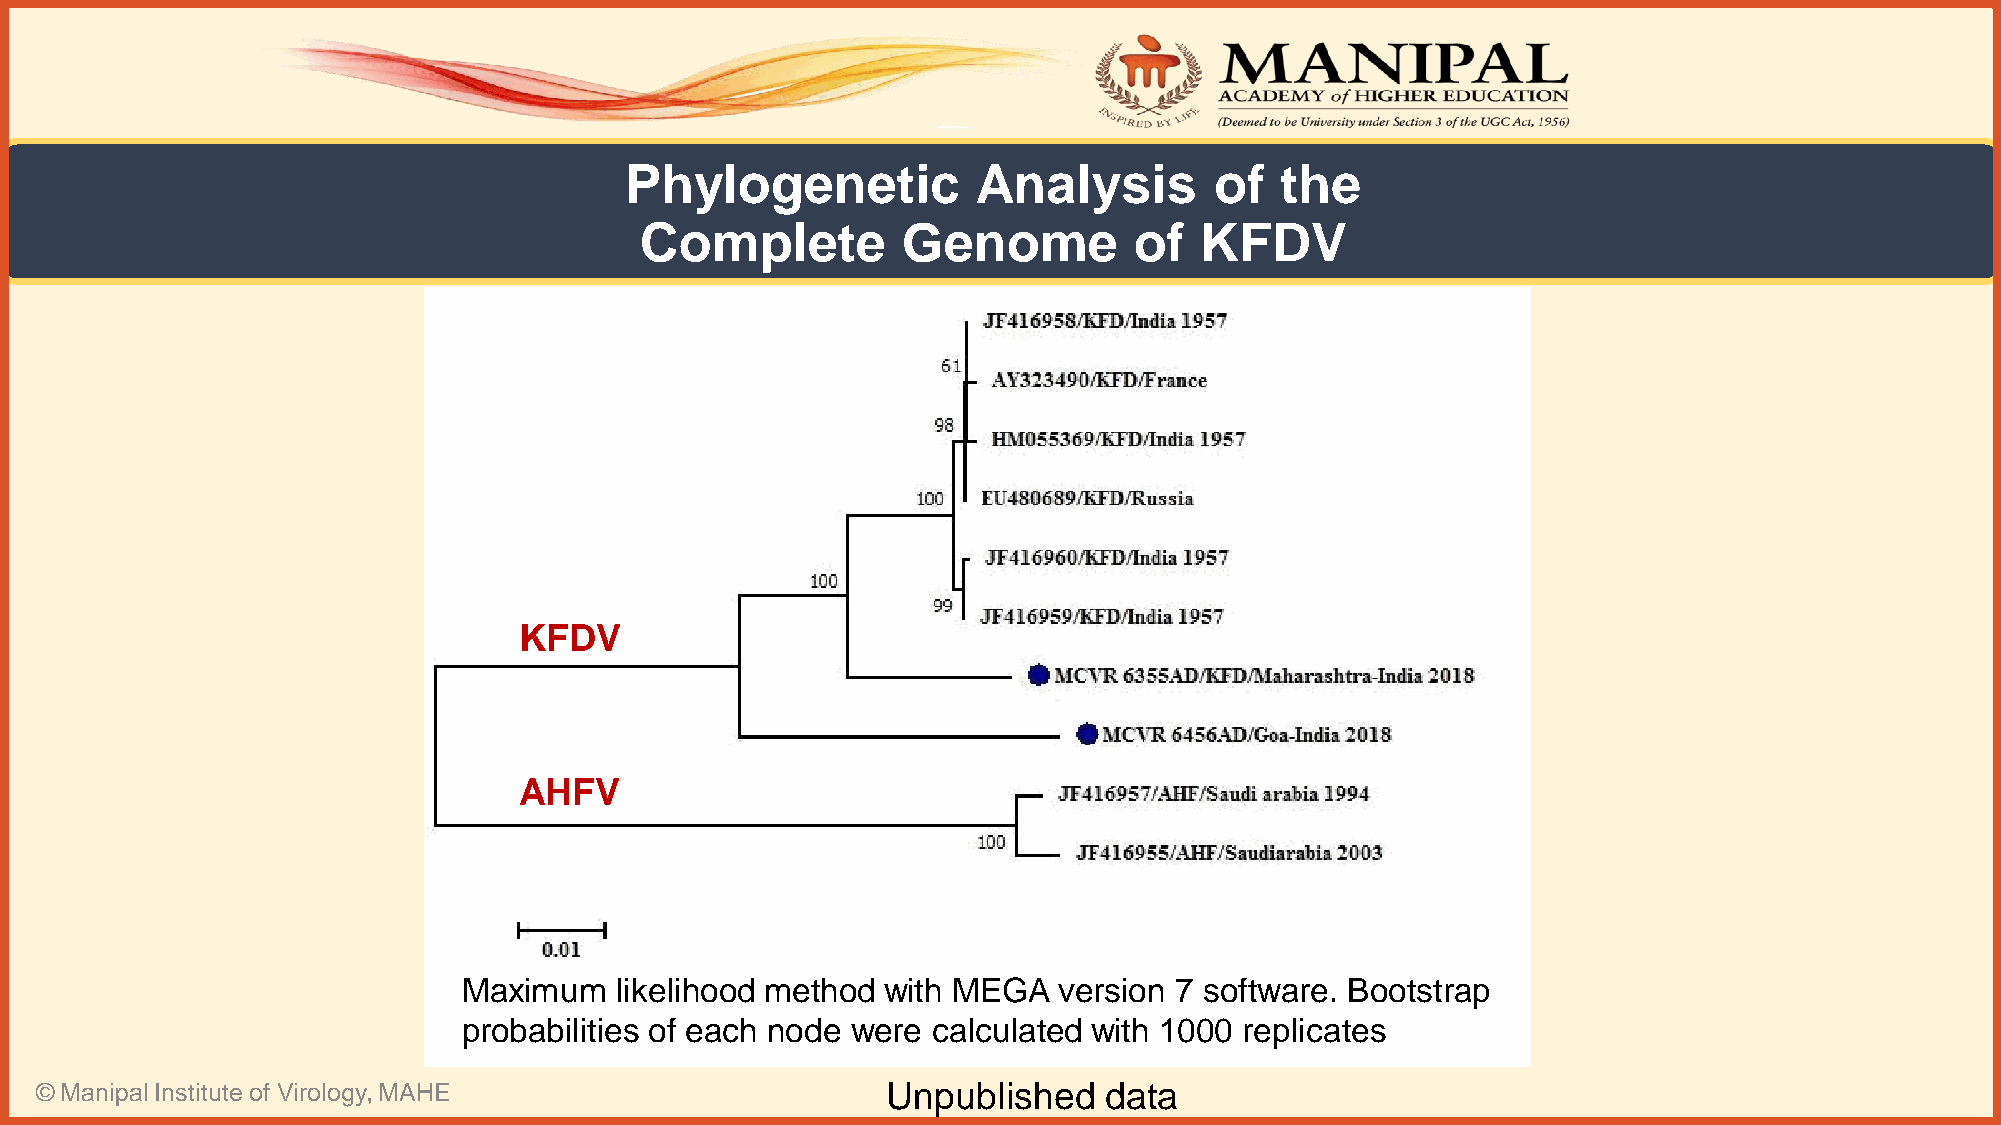
Phylogenetic            Analysis       of   the
 Complete          Genome         of  KFDV
 KFDV
 AHFV
 Maximum   likelihood method with MEGA  version 7 software. Bootstrap
 probabilities of each node were calculated with 1000 replicates
 © Manipal Institute of Virology, MAHE                    Unpublished   data